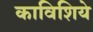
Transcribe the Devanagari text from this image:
काविशिये